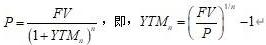
$P=\frac{FV}{(1+YTM_n)^n}$，即，$YTM_n = (\frac{FV}{P})^{\frac{1}{n}} -1$